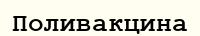
Поливакцина